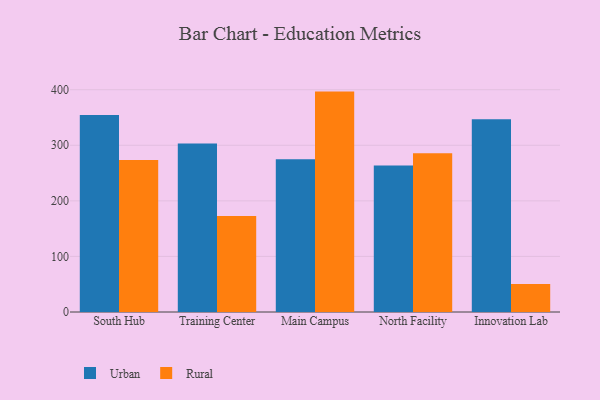
{"axis": {"x": "Campus", "y": "Tickets Resolved"}, "legend": ["Rural", "Urban"], "data": [{"x": "South Hub", "y": 354.6, "type": "Urban"}, {"x": "South Hub", "y": 273.5, "type": "Rural"}, {"x": "Training Center", "y": 303.0, "type": "Urban"}, {"x": "Training Center", "y": 172.8, "type": "Rural"}, {"x": "Main Campus", "y": 274.8, "type": "Urban"}, {"x": "Main Campus", "y": 396.6, "type": "Rural"}, {"x": "North Facility", "y": 263.8, "type": "Urban"}, {"x": "North Facility", "y": 285.5, "type": "Rural"}, {"x": "Innovation Lab", "y": 346.8, "type": "Urban"}, {"x": "Innovation Lab", "y": 50.2, "type": "Rural"}]}